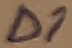
Text: D1